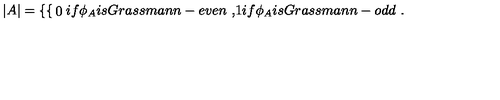
| A | = \left\{ \begin{cases} { 0 } & { i f \phi _ { A } i s G r a s s m a n n - e v e n \ , } \\ { 1 } & { i f \phi _ { A } i s G r a s s m a n n - o d d \ . } \\ \end{cases} \right.